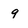
Character: 9